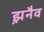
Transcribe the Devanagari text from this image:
झ़नैव